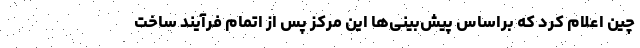
چین اعلام کرد که براساس پیش‌بینی‌ها این مرکز پس از اتمام فرآیند ساخت